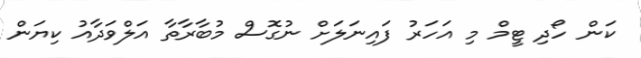
ކަން ހޯދި ޓީމް މި އަހަރު ފައިނަލަށް ނުގޮސް މުބާރާތާ އަލްވަދާއު ކިޔަން